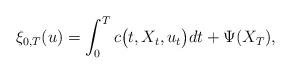
LaTeX: \begin{align*} \xi_{0,T}(u) = \int_0^T c\bigl(t, X_t, u_t\bigr) dt + \Psi(X_T), \end{align*}